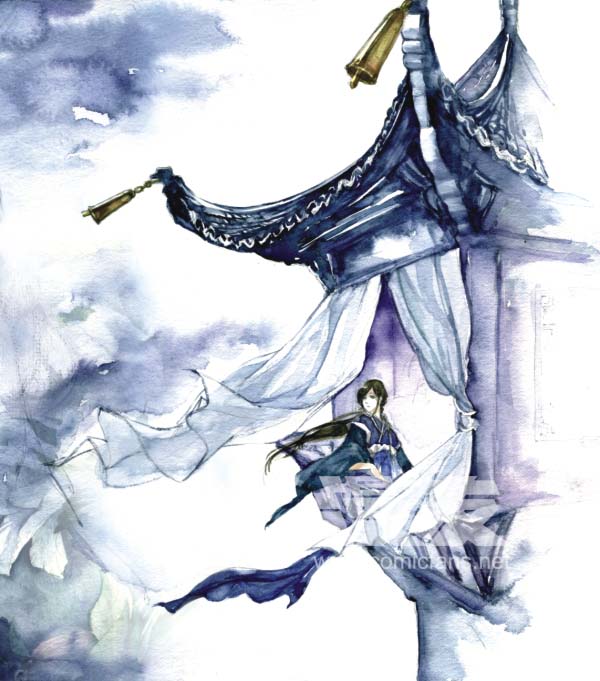
离歌且莫翻新阕。一曲能教肠寸结。